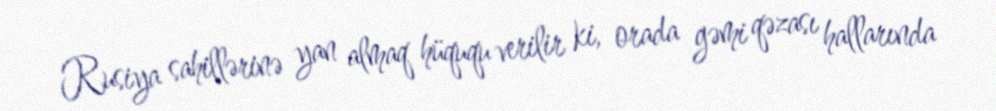
Rusiya sahillərinə yan almaq hüququ verilir ki, orada gəmi qəzası hallarında